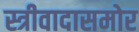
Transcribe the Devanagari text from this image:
स्त्रीवादासमोर